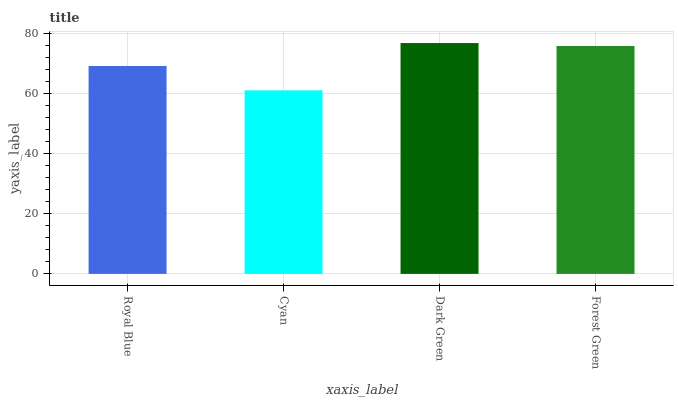
| xaxis_label | bars |
 | --- | --- |
 | Royal Blue | 69.2 |
 | Cyan | 61.1 |
 | Dark Green | 76.9 |
 | Forest Green | 75.9 |